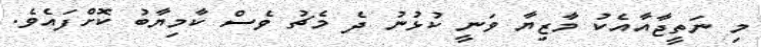
މި ނަތީޖާއާއެކު މާޒިޔާ ވަނީ ކުޅުނު ދެ މެޗު ވެސް ކާމިޔާބު ކޮށްފައެވެ.